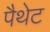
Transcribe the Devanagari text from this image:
पैथेट